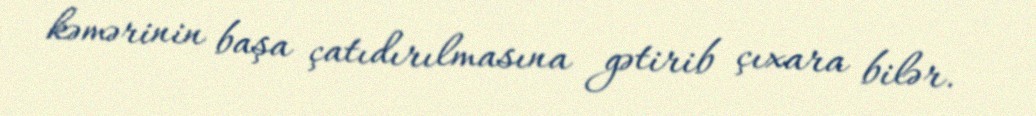
kəmərinin başa çatıdırılmasına gətirib çıxara bilər.